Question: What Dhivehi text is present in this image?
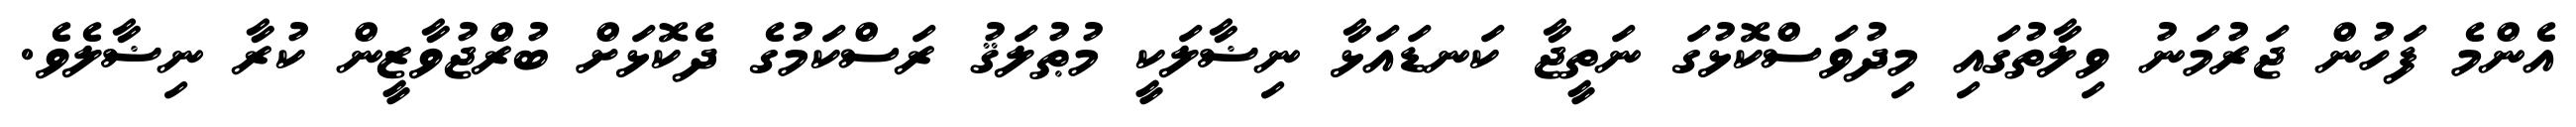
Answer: އެންމެ ފަހުން ޖަރުމަނު ވިލާތުގައި މިދުވަސްކޮޅުގަ ނަތީޖާ ކަނޑައަޅާ ނިޟާލަކީ މުޠުލަޤު ރަސްކަމުގެ ދެކޮޅަށް ބުރްޖުވާޒީން ކުރާ ނިޟާލެވެ.